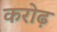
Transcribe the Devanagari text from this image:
करोढ़